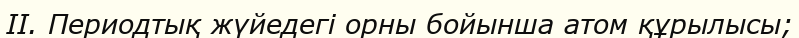
II. Периодтық жүйедегі орны бойынша атом құрылысы;